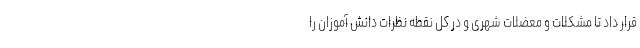
قرار داد تا مشکلات و معضلات شهری و در کل نقطه نظرات دانش آموزان را